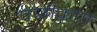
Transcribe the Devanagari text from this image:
पंजीकृण